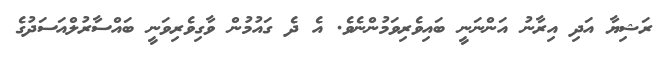
ރަޝިޔާ އަދި އިރާނު އަންނަނީ ބައިވެރިވަމުންނެވެ. އެ ދެ ގައުމުން ވާގިވެރިވަނީ ބައްސާރުލްއަސަދުގެ